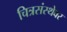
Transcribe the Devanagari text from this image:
चित्रसंस्थेवर